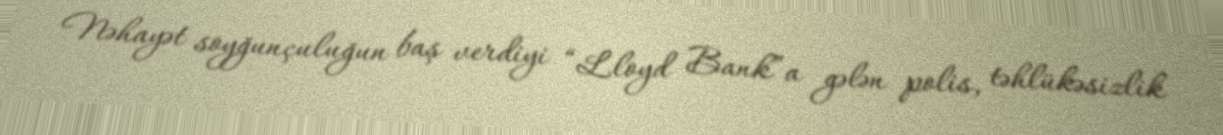
Nəhayət soyğunçuluğun baş verdiyi “Lloyd Bank”a gələn polis, təhlükəsizlik